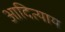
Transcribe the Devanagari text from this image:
आदित्याय